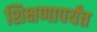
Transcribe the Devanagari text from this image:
शिक्षणापर्यंत